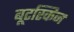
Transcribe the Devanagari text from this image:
बूटस्किन